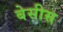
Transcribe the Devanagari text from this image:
बेसीस